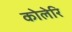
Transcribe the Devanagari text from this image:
कोलेरि